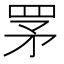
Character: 罞